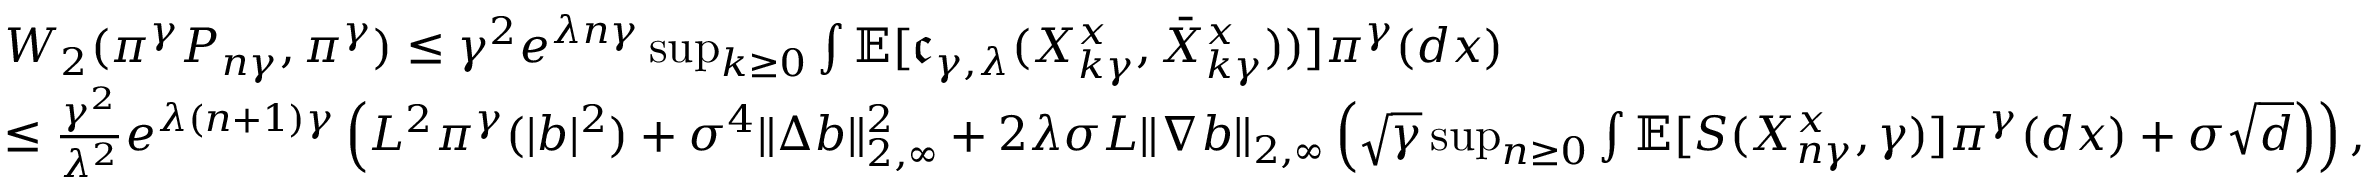
\begin{array} { r l } & { { \cal W } _ { 2 } ( \pi ^ { \gamma } P _ { n \gamma } , \pi ^ { \gamma } ) \le \gamma ^ { 2 } e ^ { \lambda n \gamma } \operatorname* { s u p } _ { k \ge 0 } \int \mathbb { E } [ \mathfrak { c } _ { \gamma , \lambda } ( X _ { k \gamma } ^ { x } , \bar { X } _ { k \gamma } ^ { x } ) ) ] \pi ^ { \gamma } ( d x ) } \\ & { \le \frac { \gamma ^ { 2 } } { \lambda ^ { 2 } } e ^ { \lambda ( n + 1 ) \gamma } \left( L ^ { 2 } \pi ^ { \gamma } ( | b | ^ { 2 } ) + { \sigma ^ { 4 } } \| \Delta b \| _ { 2 , \infty } ^ { 2 } + 2 \lambda \sigma L \| \nabla b \| _ { 2 , \infty } \left( \sqrt { \gamma } \operatorname* { s u p } _ { n \ge 0 } \int \mathbb { E } [ S ( X _ { n \gamma } ^ { x } , \gamma ) ] \pi ^ { \gamma } ( d x ) + \sigma \sqrt { d } \right) \right) , } \end{array}